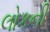
લોકની